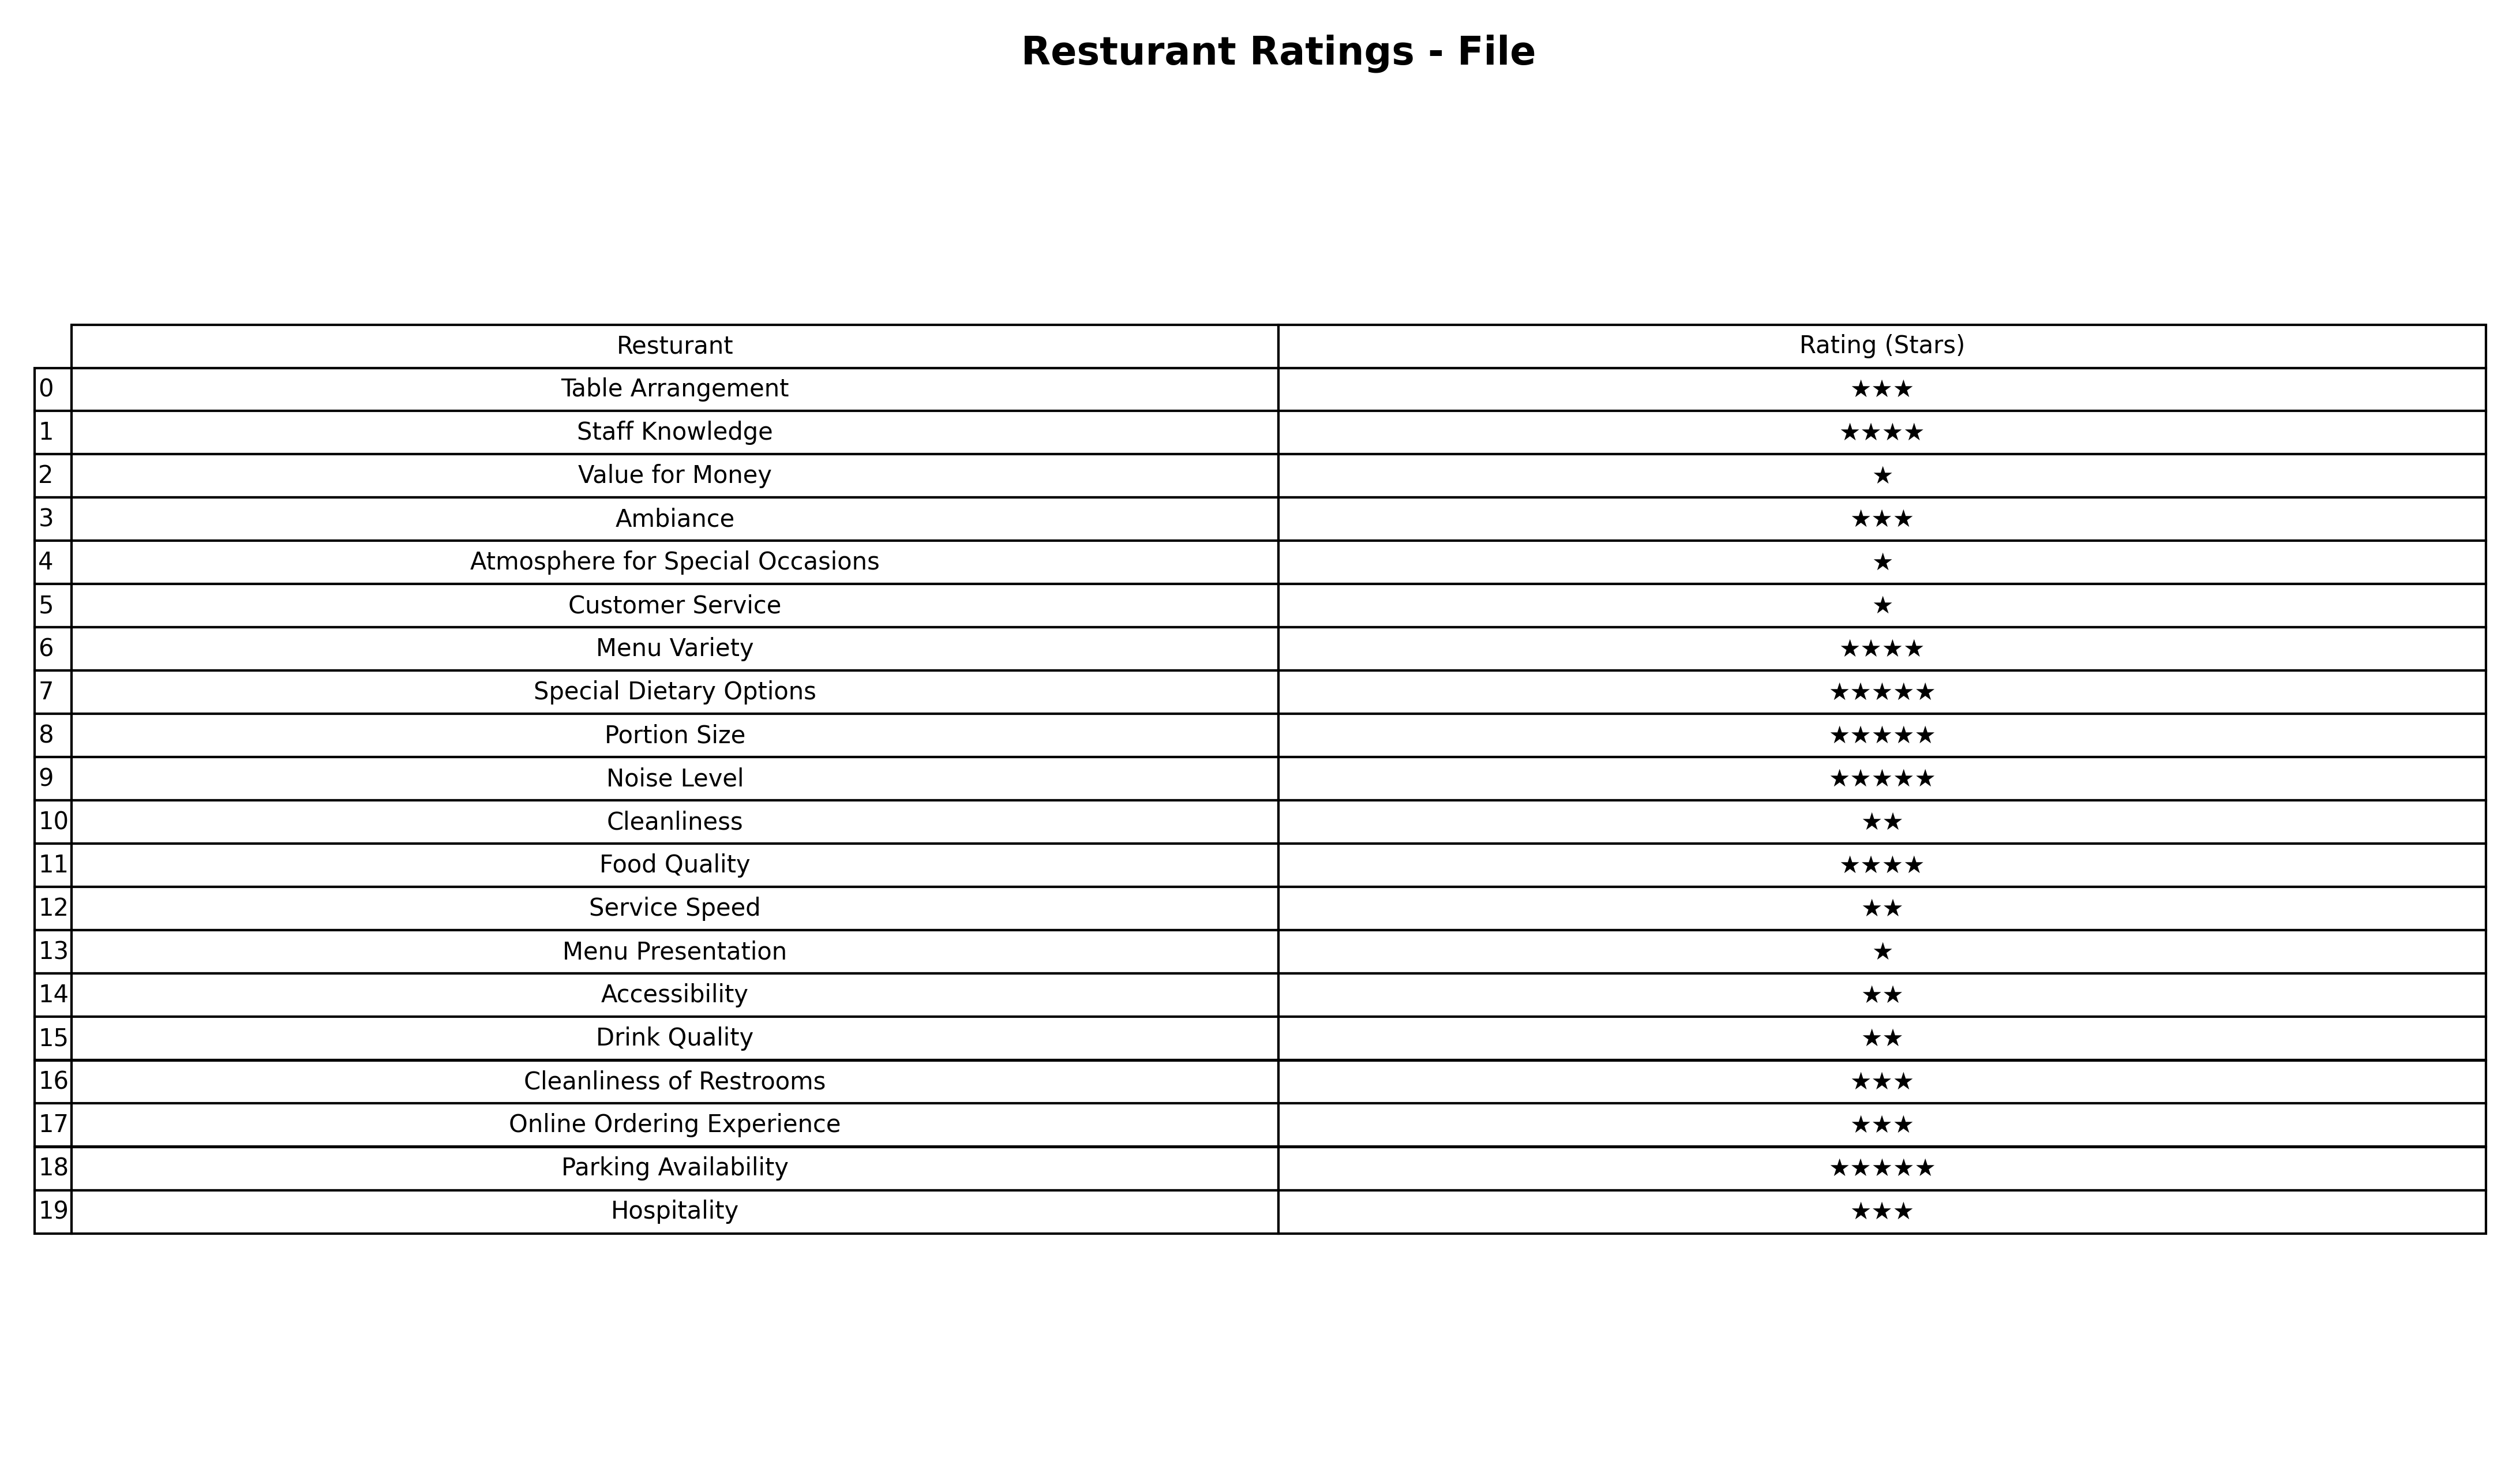
question: What are three star services?
answer: Table ArrangementAmbianceCleanliness of RestroomsOnline Ordering ExperienceHospitality